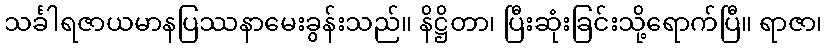
သင်္ခါရဇာယမာနပြဿနာမေးခွန်းသည်။ နိဋ္ဌိတာ၊ ပြီးဆုံးခြင်းသို့ရောက်ပြီ။ ရာဇာ၊